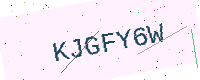
Text: KJGFY6W